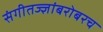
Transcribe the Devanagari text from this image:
संगीतज्ज्ञांबरोबरच